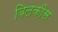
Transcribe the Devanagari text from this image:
बिलक़ीस